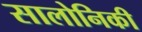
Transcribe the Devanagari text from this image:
सालोनिकी